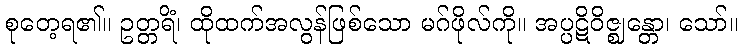
စုတေ့ရ၏။ ဥတ္တရိံ၊ ထိုထက်အလွန်ဖြစ်သော မဂ်ဖိုလ်ကို။ အပ္ပဋိဝိဇ္ဈန္တော၊ သော်။